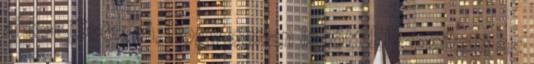
akkor jövök rá, hogy onnan is jött Elveszítem az